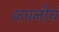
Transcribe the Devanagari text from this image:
जपनीयं